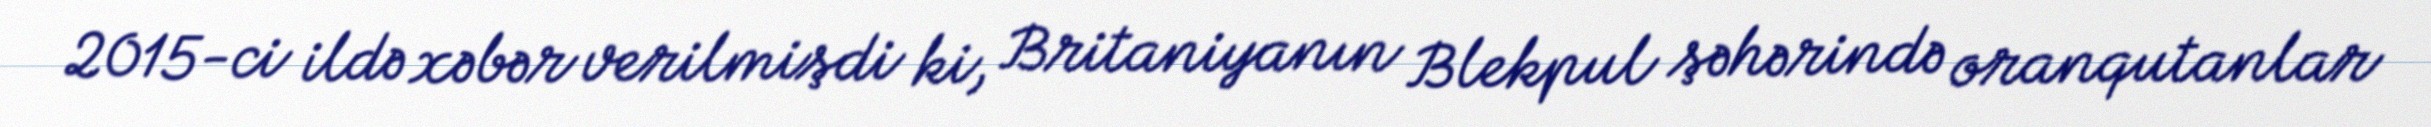
2015-ci ildə xəbər verilmişdi ki, Britaniyanın Blekpul şəhərində oranqutanlar